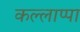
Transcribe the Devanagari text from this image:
कल्लाप्पा